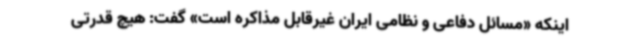
اینکه «مسائل دفاعی و نظامی ایران غیرقابل مذاکره است» گفت: هیچ قدرتی